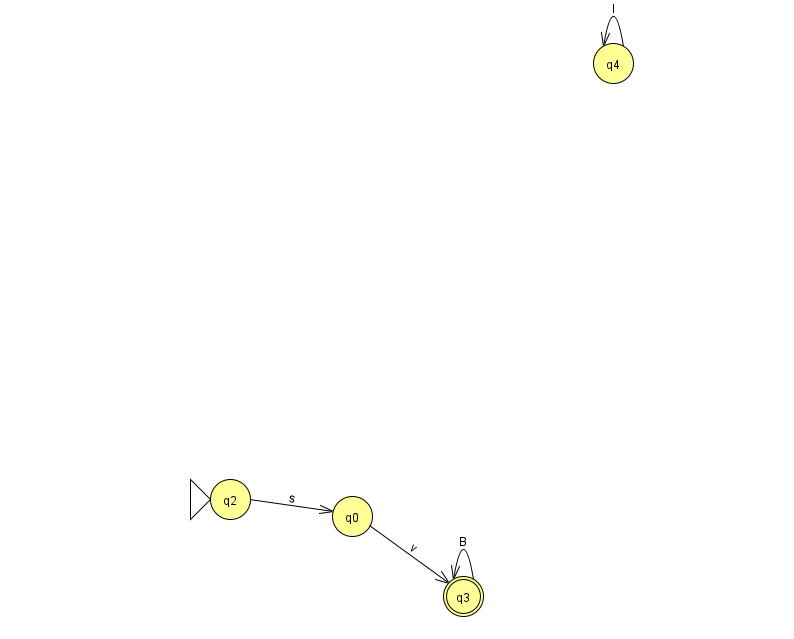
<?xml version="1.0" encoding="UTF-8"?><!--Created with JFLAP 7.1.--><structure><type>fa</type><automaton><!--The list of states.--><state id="0" name="q0"><x>352.0</x><y>503.0</y></state><state id="2" name="q2"><x>230.0</x><y>486.0</y><initial/></state><state id="3" name="q3"><x>463.0</x><y>583.0</y><final/></state><state id="4" name="q4"><x>613.0</x><y>50.0</y></state><!--The list of transitions.--><transition><from>2</from><to>0</to><read>s</read></transition><transition><from>3</from><to>3</to><read>B</read></transition><transition><from>4</from><to>4</to><read>I</read></transition><transition><from>0</from><to>3</to><read>v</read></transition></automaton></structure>